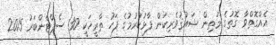
އެއްގޮތްވާ ގޮތުގެ މަތިން ޝައުޤުވެރިކަން ފާޅުކުރުމުގެ ފަހު ތާރީޚަކީ 30 ސެޕްޓެންބަރު 2015